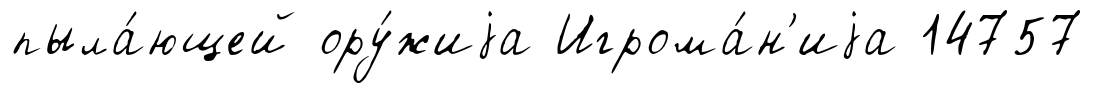
пыла́ющей ору́жиjа Игрома́н'иjа 14757